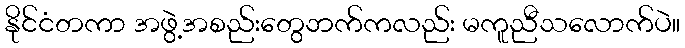
နိုင်ငံတကာ အဖွဲ့အစည်းတွေဘက်ကလည်း မကူညီသလောက်ပဲ။